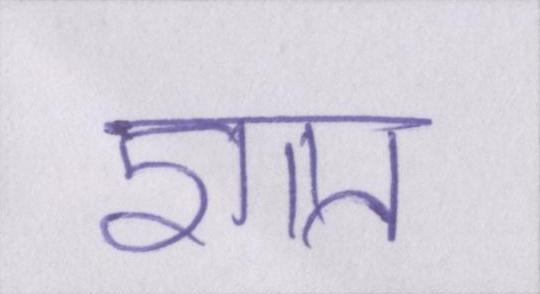
ज्ञात